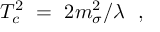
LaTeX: T _ { c } ^ { 2 } \ = \ 2 m _ { \sigma } ^ { 2 } / \lambda \ \ ,